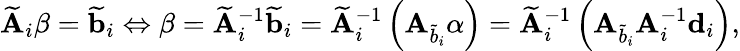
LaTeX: \mathbf{\widetilde{A}}_{i}{\mathbf\beta}=\mathbf{\widetilde{b}}_{i}\Leftrightarrow{\mathbf\beta}=\mathbf{\widetilde{A}}_{i}^{-1}\mathbf{\widetilde{b}}_{i}=\mathbf{\widetilde{A}}_{i}^{-1}\left(\mathbf{A}_{\widetilde{b}_{i}}{\mathbf\alpha}\right)=\mathbf{\widetilde{A}}_{i}^{-1}\left(\mathbf{A}_{\widetilde{b}_{i}}\mathbf{A}_{i}^{-1}\mathbf{d}_{i}\right),